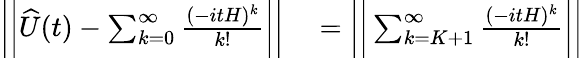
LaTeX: \begin{array}{rl}{\bigg\vert\bigg\vert\widehat{U}(t)-\sum_{k=0}^{\infty}\frac{(-itH)^{k}}{k!}\bigg\vert\bigg\vert}&{{}=\bigg\vert\bigg\vert\sum_{k=K+1}^{\infty}\frac{(-itH)^{k}}{k!}\bigg\vert\bigg\vert}\end{array}